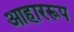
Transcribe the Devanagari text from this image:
आहाररूप